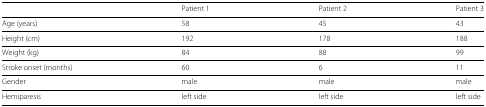
<table><thead><tr><td></td><td><b>Patient 1</b></td><td><b>Patient 2</b></td><td><b>Patient 3</b></td></tr></thead><tbody><tr><td>Age (years)</td><td>58</td><td>45</td><td>43</td></tr><tr><td>Height (cm)</td><td>192</td><td>178</td><td>188</td></tr><tr><td>Weight (kg)</td><td>84</td><td>88</td><td>99</td></tr><tr><td>Stroke onset (months)</td><td>60</td><td>6</td><td>11</td></tr><tr><td>Gender</td><td>male</td><td>male</td><td>male</td></tr><tr><td>Hemiparesis</td><td>left side</td><td>left side</td><td>left side</td></tr></tbody></table>